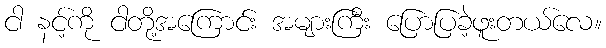
ငါ နင့်ကို ငါတို့အကြောင်း အများကြီး ပြောပြခဲ့ဖူးတယ်လေ။